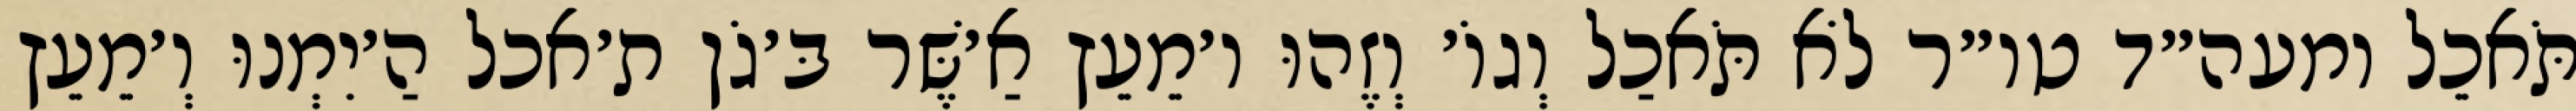
תֹּאכֵל ומעה״ד טו״ר לֹא תֹּאכַל וְגוֹ׳ וְזֶהוּ ו׳מֵעֵץ אַ׳שֶּׁר בּ׳גֹן ת׳אכל הַ׳יִמְנוּ וְ׳מֵעֵץ